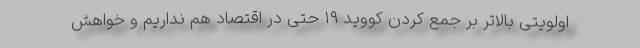
اولویتی بالاتر بر جمع کردن کووید ۱۹ حتی در اقتصاد هم نداریم و خواهش